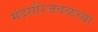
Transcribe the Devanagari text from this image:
मंदसौरजवळच्या